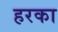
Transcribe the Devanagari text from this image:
हरका